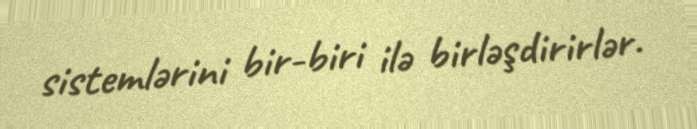
sistemlərini bir-biri ilə birləşdirirlər.